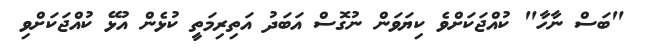
"ބަސް ނާހާ" ކުއްޖަކަށްވެ ކިޔަވަން ނުގޮސް އަބަދު އަތިރިމަތީ ކުޅެން އުޅޭ ކުއްޖަކަށްވި